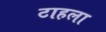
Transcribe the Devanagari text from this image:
टाहला